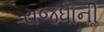
રાજધાનીૢ